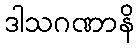
ဒါသဂဏာနိ